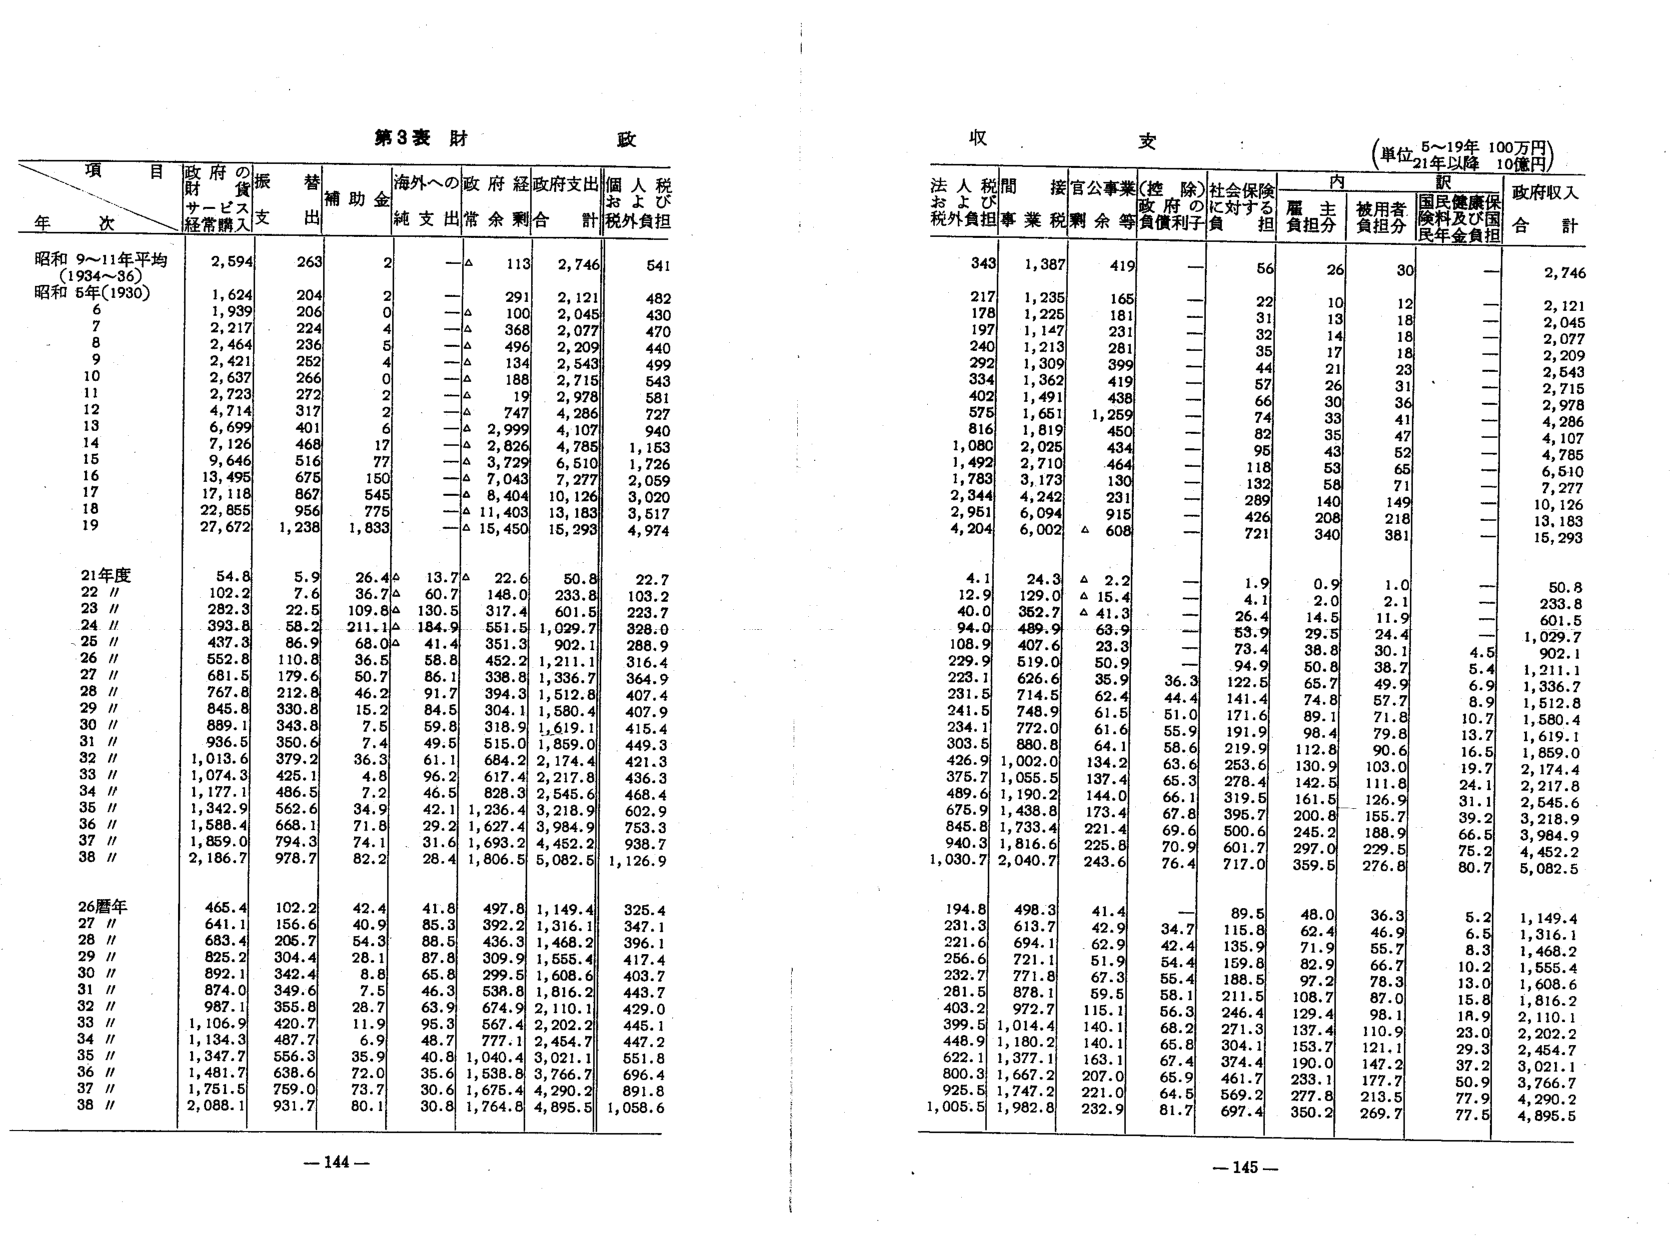
第3表 財 政

項 目
年 次
政府の財政需要購入
振替支出
補助金
海外への純支出
政府経常余剰
政府支出合計
個人税および税外負担

昭和 9～11年平均 (1934～36)
2,594
263
2
—△
113
2,746
541

昭和 5年(1930)
1,624
204
2
—△
291
2,121
482

6
1,939
206
0
—△
100
2,045
430

7
2,217
224
4
—△
368
2,077
470

8
2,464
236
5
—△
496
2,209
440

9
2,421
252
4
—△
134
2,543
499

10
2,637
266
0
—△
188
2,715
543

11
2,723
272
2
—△
19
2,978
581

12
4,714
317
2
—△
747
4,286
727

13
6,699
401
6
—△
2,999
4,107
940

14
7,126
468
17
—△
2,826
4,785
1,153

15
9,646
516
77
—△
3,729
6,510
1,726

16
13,495
675
150
—△
7,043
7,277
2,059

17
17,118
867
545
—△
8,404
10,126
3,020

18
22,855
956
775
—△
11,403
13,183
3,517

19
27,672
1,238
1,833
—△
15,450
15,293
4,974

21年度
54.8
5.9
26.4△
13.7△
22.6
50.8
22.7

22 //
102.2
7.6
36.7△
60.7
148.0
233.8
103.2

23 //
282.3
22.5
109.8△
130.5
317.4
601.5
223.7

24 //
393.8
58.2
211.1△
184.9
551.5
1,029.7
328.0

25 //
437.3
86.9
68.0△
41.4
351.3
902.1
288.9

26 //
552.8
110.8
36.5
58.8
452.2
1,211.1
316.4

27 //
681.5
179.6
50.7
86.1
338.8
1,336.7
364.9

28 //
767.8
212.8
46.2
91.7
394.3
1,512.8
407.4

29 //
845.8
330.8
15.2
84.5
304.1
1,580.4
407.9

30 //
889.1
343.8
7.5
59.8
318.9
1,619.1
415.4

31 //
936.5
350.6
7.4
49.5
515.0
1,859.0
449.3

32 //
1,013.6
379.2
36.3
61.1
684.2
2,174.4
421.3

33 //
1,074.3
425.1
4.8
96.2
617.4
2,217.8
436.3

34 //
1,177.1
486.5
7.2
46.5
828.3
2,545.6
468.4

35 //
1,342.9
562.6
34.9
42.1
1,236.4
3,218.9
602.9

36 //
1,588.4
668.1
71.8
29.2
1,627.4
3,984.9
753.3

37 //
1,859.0
794.3
74.1
31.6
1,693.2
4,452.2
938.7

38 //
2,186.7
978.7
82.2
28.4
1,806.5
5,082.5
1,126.9

26暦年
465.4
102.2
42.4
41.8
497.8
1,149.4
325.4

27 //
641.1
156.6
40.9
85.3
392.2
1,316.1
347.1

28 //
683.4
205.7
54.3
88.5
436.3
1,468.2
396.1

29 //
825.2
304.4
28.1
87.8
309.9
1,555.4
417.4

30 //
892.1
342.4
8.8
65.8
299.5
1,608.6
403.7

31 //
874.0
349.6
7.5
46.3
538.8
1,816.2
443.7

32 //
987.1
355.8
28.7
63.9
674.9
2,110.1
429.0

33 //
1,106.9
420.7
11.9
95.3
567.4
2,202.2
445.1

34 //
1,134.3
487.7
6.9
48.7
777.1
2,454.7
447.2

35 //
1,347.7
556.3
35.9
40.8
1,040.4
3,021.1
551.8

36 //
1,481.7
638.6
72.0
35.6
1,538.8
3,766.7
696.4

37 //
1,751.5
759.0
73.7
30.6
1,675.4
4,290.2
891.8

38 //
2,088.1
931.7
80.1
30.8
1,764.8
4,895.5
1,058.6

収 支
(単位 5～19年 100万円 21年以降 10億円)

法人税および税外負担
間接税
官公事業剰余等
(控除)政府の負債利子
社会保険に対する負担
内訳
政府収入合計

雇主負担分
被用者負担分
国民健康保険料及び国民年金負担

343
1,387
419
—
56
26
30
—
2,746

217
1,235
165
—
22
10
12
—
2,121

178
1,225
181
—
31
13
18
—
2,045

197
1,147
231
—
32
14
18
—
2,077

240
1,213
281
—
35
17
18
—
2,209

292
1,309
399
—
44
21
23
—
2,543

334
1,362
419
—
57
26
31
—
2,715

402
1,491
438
—
66
30
36
—
2,978

575
1,651
1,259
—
74
33
41
—
4,286

816
1,819
450
—
82
35
47
—
4,107

1,080
2,025
434
—
95
43
52
—
4,785

1,492
2,710
464
—
118
53
65
—
6,510

1,783
3,173
130
—
132
58
71
—
7,277

2,344
4,242
231
—
289
140
149
—
10,126

2,951
6,094
915
—
426
208
218
—
13,183

4,204
6,002
△ 608
—
721
340
381
—
15,293

4.1
24.3
△ 2.2
—
1.9
0.9
1.0
—
50.8

12.9
129.0
△ 15.4
—
4.1
2.0
2.1
—
233.8

40.0
352.7
△ 41.3
—
26.4
14.5
11.9
—
601.5

94.0
489.9
63.9
—
53.9
29.5
24.4
—
1,029.7

108.9
407.6
23.3
—
73.4
38.8
30.1
4.5
902.1

229.9
519.0
50.9
—
94.9
50.8
38.7
5.4
1,211.1

223.1
626.6
35.9
36.3
122.5
65.7
49.9
6.9
1,336.7

231.5
714.5
62.4
44.4
141.4
74.8
57.7
8.9
1,512.8

241.5
748.9
61.5
51.0
171.6
89.1
71.8
10.7
1,580.4

234.1
772.0
61.6
55.9
191.9
98.4
79.8
13.7
1,619.1

303.5
880.8
64.1
58.6
219.9
112.8
90.6
16.5
1,859.0

426.9
1,002.0
134.2
63.6
253.6
130.9
103.0
19.7
2,174.4

375.7
1,055.5
137.4
65.3
278.4
142.5
111.8
24.1
2,217.8

489.6
1,190.2
144.0
66.1
319.5
161.5
126.9
31.1
2,545.6

675.9
1,438.8
173.4
67.8
395.7
200.8
155.7
39.2
3,218.9

845.8
1,733.4
221.4
69.6
500.6
245.2
188.9
66.5
3,984.9

940.3
1,816.6
225.8
70.9
601.7
297.0
229.5
75.2
4,452.2

1,030.7
2,040.7
243.6
76.4
717.0
359.5
276.8
80.7
5,082.5

194.8
498.3
41.4
—
89.5
48.0
36.3
5.2
1,149.4

231.3
613.7
42.9
34.7
115.8
62.4
46.9
6.5
1,316.1

221.6
694.1
62.9
42.4
135.9
71.9
55.7
8.3
1,468.2

256.6
721.1
51.9
54.4
159.8
82.9
66.7
10.2
1,555.4

232.7
771.8
67.3
55.4
188.5
97.2
78.3
13.0
1,608.6

281.5
878.1
59.5
58.1
211.5
108.7
87.0
15.8
1,816.2

403.2
972.7
115.1
56.3
246.4
129.4
98.1
18.9
2,110.1

399.5
1,014.4
140.1
68.2
271.3
137.4
110.9
23.0
2,202.2

448.9
1,180.2
140.1
65.8
304.1
153.7
121.1
29.3
2,454.7

622.1
1,377.1
163.1
67.4
374.4
190.0
147.2
37.2
3,021.1

800.3
1,667.2
207.0
65.9
461.7
233.1
177.7
50.9
3,766.7

925.5
1,747.2
221.0
64.5
569.2
277.8
213.5
77.9
4,290.2

1,005.5
1,982.8
232.9
81.7
697.4
350.2
269.7
77.5
4,895.5

— 144 —
— 145 —